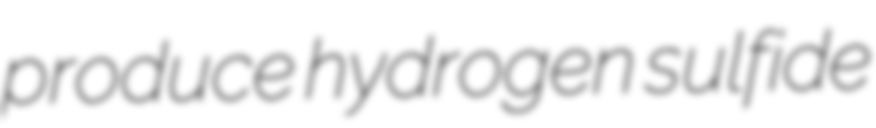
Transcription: produce hydrogen sulfide